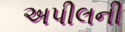
અપીલની